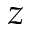
z